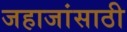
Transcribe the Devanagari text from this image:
जहाजांसाठी